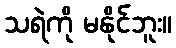
သရဲကို မနိုင်ဘူး။